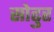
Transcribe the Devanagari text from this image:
सोढुर